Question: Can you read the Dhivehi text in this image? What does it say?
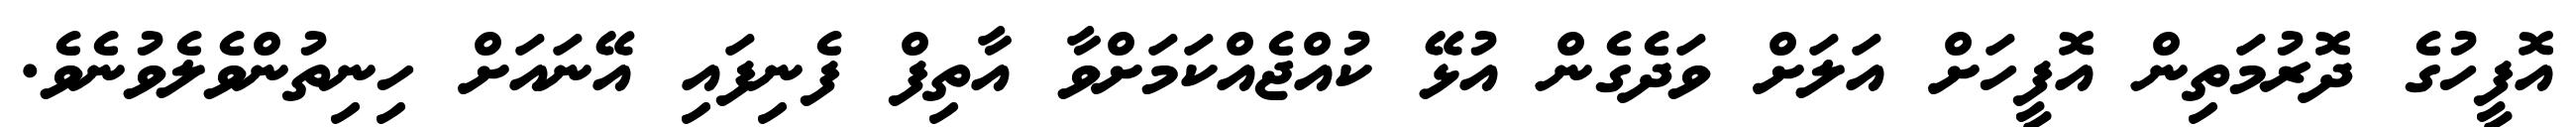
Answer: އޮފީހުގެ ދޮރުމަތިން އޮފީހަށް އަލަށް ވަދެގެން އުޅޭ ކުއްޖެއްކަމަށްވާ އާތިފް ފެނިފައި އޭނައަށް ހިނިތުންވެލެވުނެވެ.